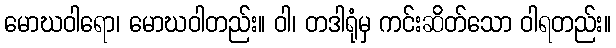
မောဃဝါရော၊ မောဃဝါတည်း။ ဝါ၊ တဒါရုံမှ ကင်းဆိတ်သော ဝါရတည်း။